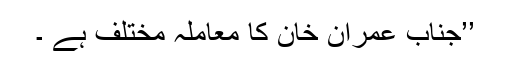
’’جناب عمران خان کا معاملہ مختلف ہے ۔